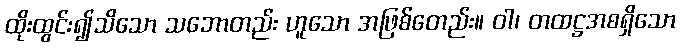
ထိုးထွင်း၍သိသော သဘောတည်း ဟူသော အဖြစ်တေည်း။ ဝါ၊ တထဋ္ဌအစရှိသော